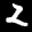
Label: 2